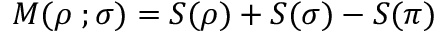
M ( \rho \; ; \sigma ) = S ( \rho ) + S ( \sigma ) - S ( \pi )